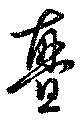
亹